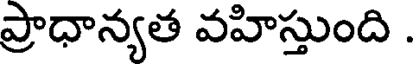
ప్రాధాన్యత వహిస్తుంది .